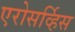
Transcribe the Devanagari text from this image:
एरोसर्व्हिस